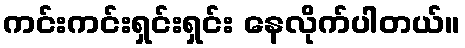
ကင်းကင်းရှင်းရှင်း နေလိုက်ပါတယ်။